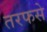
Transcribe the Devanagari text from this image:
तरफसे